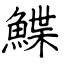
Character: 鰈